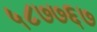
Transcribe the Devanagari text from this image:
५८७७६७